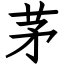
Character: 茅